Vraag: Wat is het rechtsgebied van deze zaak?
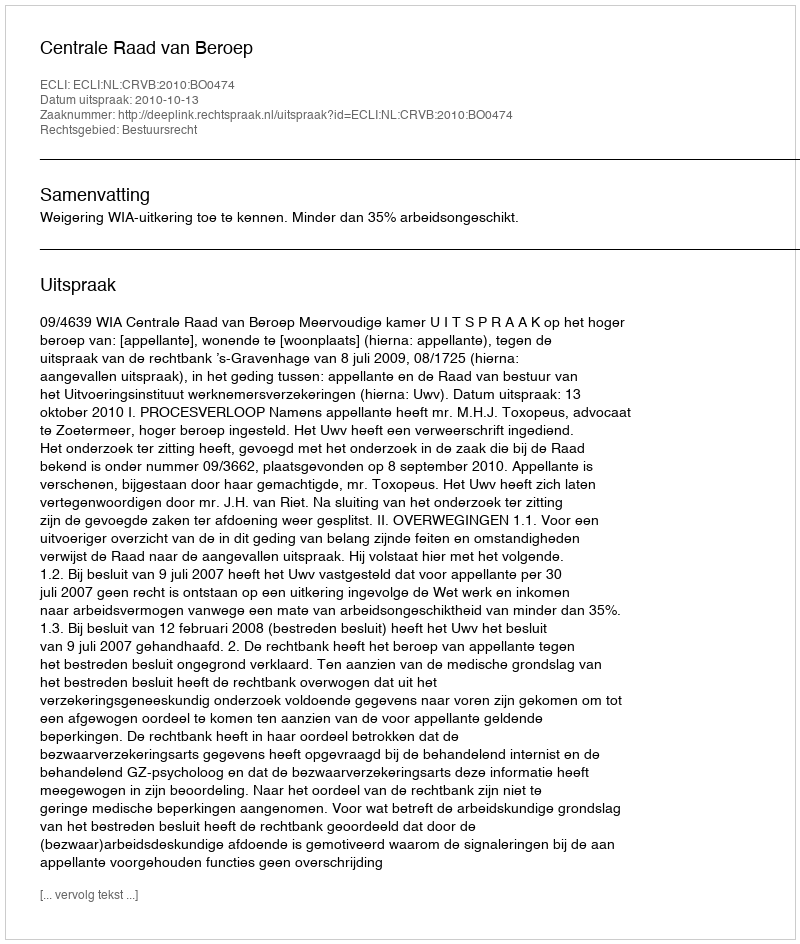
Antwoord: Bestuursrecht